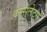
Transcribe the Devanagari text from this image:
कन्सुलेट्स